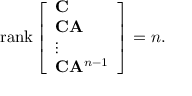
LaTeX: \operatorname { r a n k } { \left[ \begin{array} { l } { \mathbf { C } } \\ { \mathbf { C } \mathbf { A } } \\ { \vdots } \\ { \mathbf { C } \mathbf { A } ^ { n - 1 } } \end{array} \right] } = n .